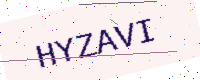
Text: HYZAVI